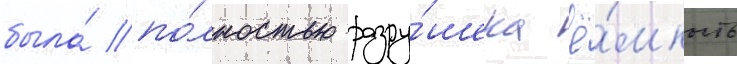
была́ по́лностью разру́шена ё́мкость